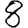
Digit: 8